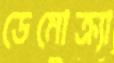
ডেমোক্র্যা